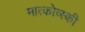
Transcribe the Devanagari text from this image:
मात्कोव्स्की